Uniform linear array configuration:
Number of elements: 64
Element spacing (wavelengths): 0.75
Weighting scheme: binomial
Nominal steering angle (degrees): -45
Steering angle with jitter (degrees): -44.059
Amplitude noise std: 0.05
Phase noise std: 0.05

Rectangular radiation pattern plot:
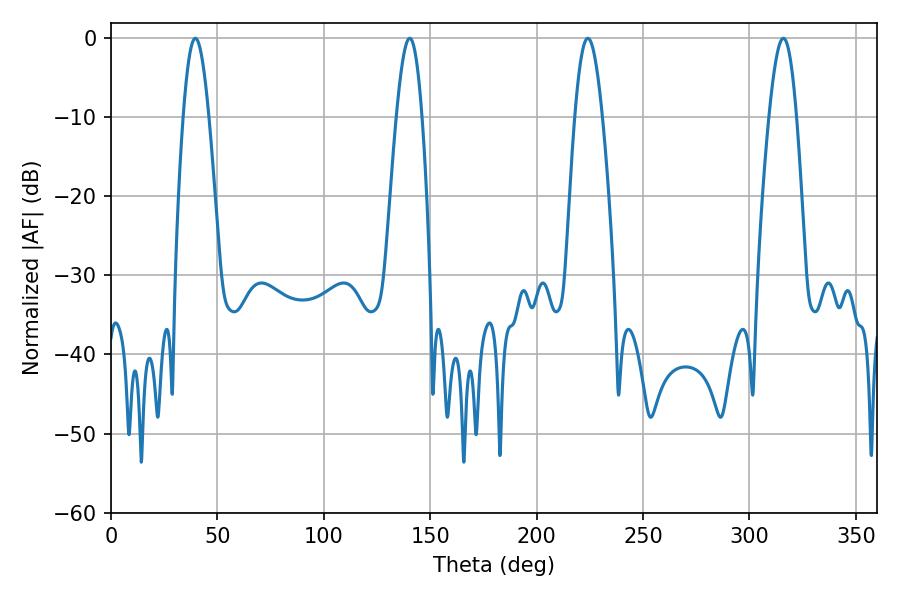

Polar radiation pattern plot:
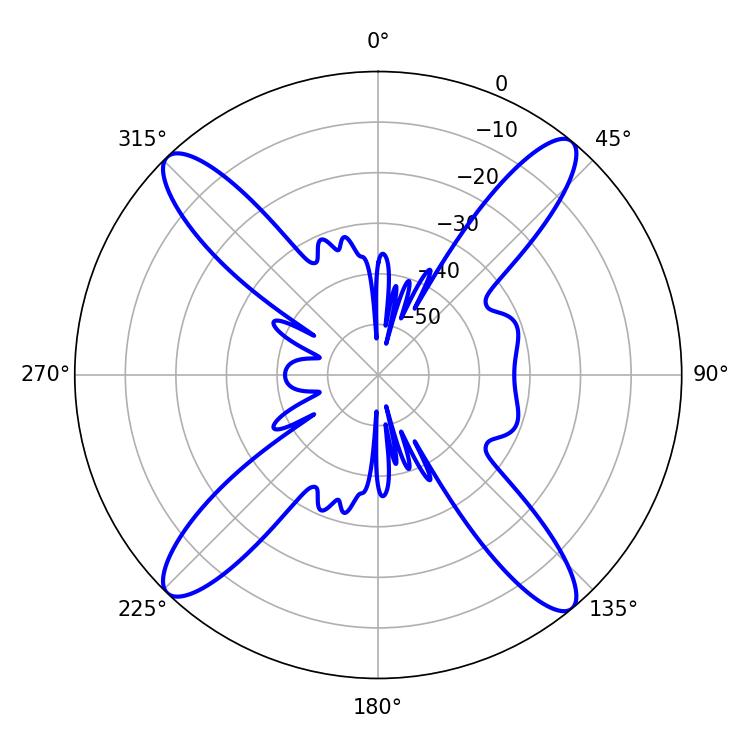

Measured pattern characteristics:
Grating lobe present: TRUE
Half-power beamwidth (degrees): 6.48
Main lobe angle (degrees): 39.6